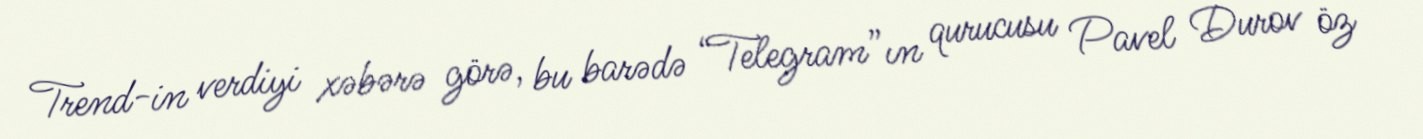
Trend-in verdiyi xəbərə görə, bu barədə “Telegram”ın qurucusu Pavel Durov öz